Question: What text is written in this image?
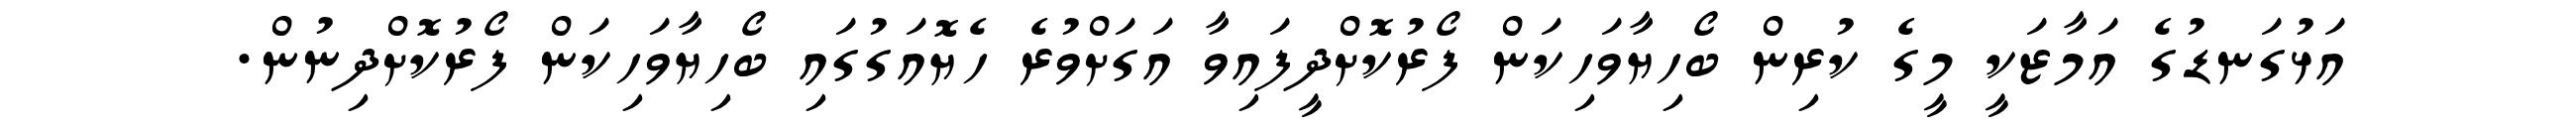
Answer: އަޅުގަނޑުގެ އަމާޒަކީ މީގެ ކުރިން ބޯހިޔާވަހިކަން ފޯރުކޮށްދީފައިވާ އަގަށްވުރެ ހެޔޮއަގުގައި ބޯހިޔާވަހިކަން ފޯރުކޮށްދިނުން.